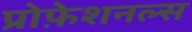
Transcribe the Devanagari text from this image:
प्रोफ़ेशनल्स